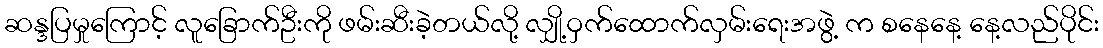
ဆန္ဒပြမှုကြောင့် လူခြောက်ဦးကို ဖမ်းဆီးခဲ့တယ်လို့ လျှို့ဝှက်ထောက်လှမ်းရေးအဖွဲ့ က စနေနေ့ နေ့လည်ပိုင်း